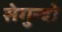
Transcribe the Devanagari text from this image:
सेगुन्दो